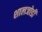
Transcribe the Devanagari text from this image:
शालजोडी